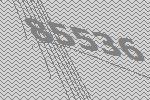
85536